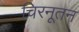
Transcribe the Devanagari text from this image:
चिरनूतन